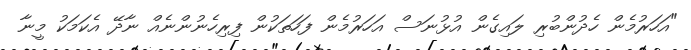
"އަހަރުމެން ހެދުންބުރި ލައިގެން އުޅުނަސް އަހަރުމެން ފަހަތަކުން ފިރިހެނުންނެއް ނާދޭ އެކަމަކު މީނާ